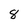
Character: 8